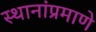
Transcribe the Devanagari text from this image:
स्थानांप्रमाणे